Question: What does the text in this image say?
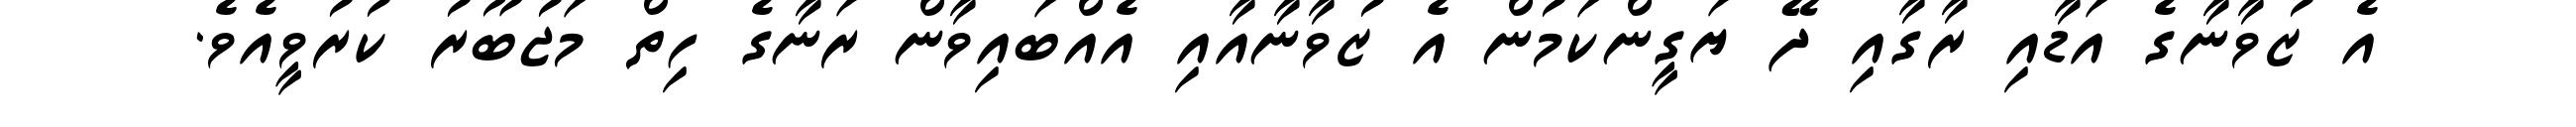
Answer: އެ ޒުވާނާގެ އަޑާއި ރާގާއި ދޭ ޔަގީންކަމުން އެ ޒުވާނާއާއި އެއްބައިވާން ރަނާގެ ހިތް މަޖުބޫރު ކުރުވީއެވެ.